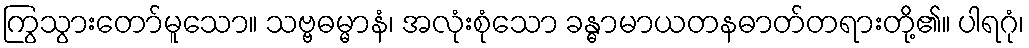
ကြွသွားတော်မူသော။ သဗ္ဗဓမ္မာနံ၊ အလုံးစုံသော ခန္ဓာမာယတနဓာတ်တရားတို့၏။ ပါရဂုံ၊